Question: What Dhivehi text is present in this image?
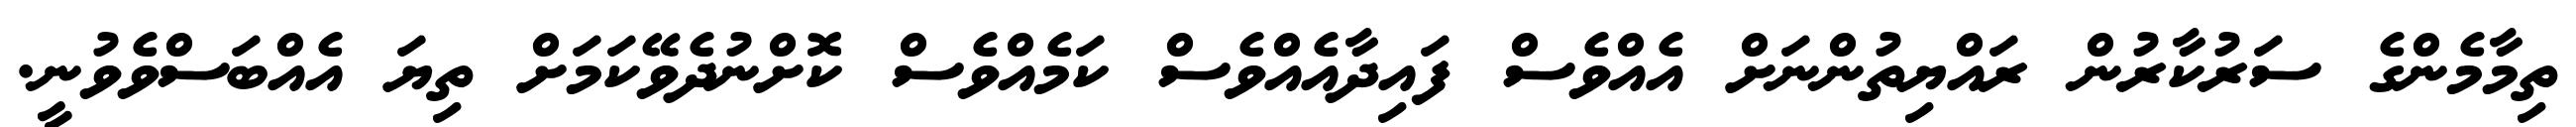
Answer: ތިމާމެންގެ ސަރުކާރުން ރައްޔިތުންނަށް އެއްވެސް ފައިދާއެއްވެސް ކަމެއްވެސް ކޮށްނުދެވޭކަމަށް ތިޔަ އެއްބަސްވެވުނީ.